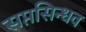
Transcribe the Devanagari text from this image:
सप्तसिन्धव